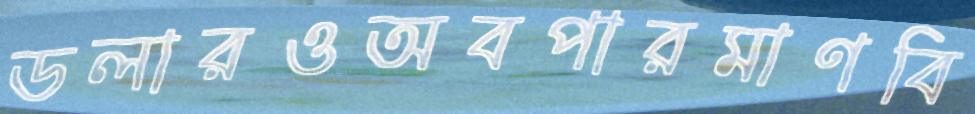
ডলারওঅবপারমাণবি